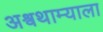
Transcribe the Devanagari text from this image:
अश्वथाम्याला